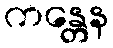
ကန္တေန